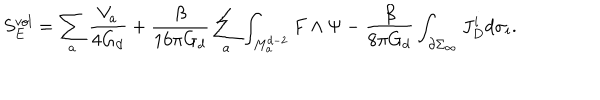
S _ { E } ^ { v o l } = \sum _ { a } \frac { V _ { a } } { 4 G _ { d } } + \frac { \beta } { 1 6 \pi G _ { d } } \sum _ { a } \int _ { M _ { a } ^ { d - 2 } } F \wedge \Psi - \frac { \beta } { 8 \pi G _ { d } } \int _ { \partial \Sigma _ { \infty } } J _ { D } ^ { i } d \sigma _ { i } .